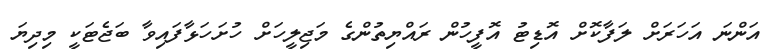
އަންނަ އަހަރަށް ލަފާކޮށް އޮޑިޓު އޮފީހުން ރައްޔިތުންގެ މަޖިލީހަށް ހުށަހަޅާފައިވާ ބަޖެޓަކީ މިދިޔަ